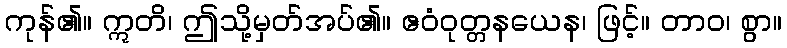
ကုန်၏။ ဣတိ၊ ဤသို့မှတ်အပ်၏။ ဧဝံဝုတ္တနယေန၊ ဖြင့်။ တာဝ၊ စွာ။